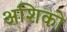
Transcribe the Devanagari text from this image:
अशिको